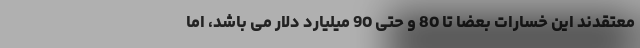
معتقدند این خسارات بعضاً تا 80 و حتی 90 میلیارد دلار می باشد، اما